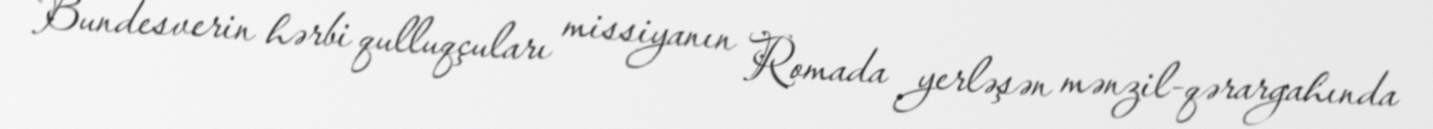
Bundesverin hərbi qulluqçuları missiyanın Romada yerləşən mənzil-qərargahında